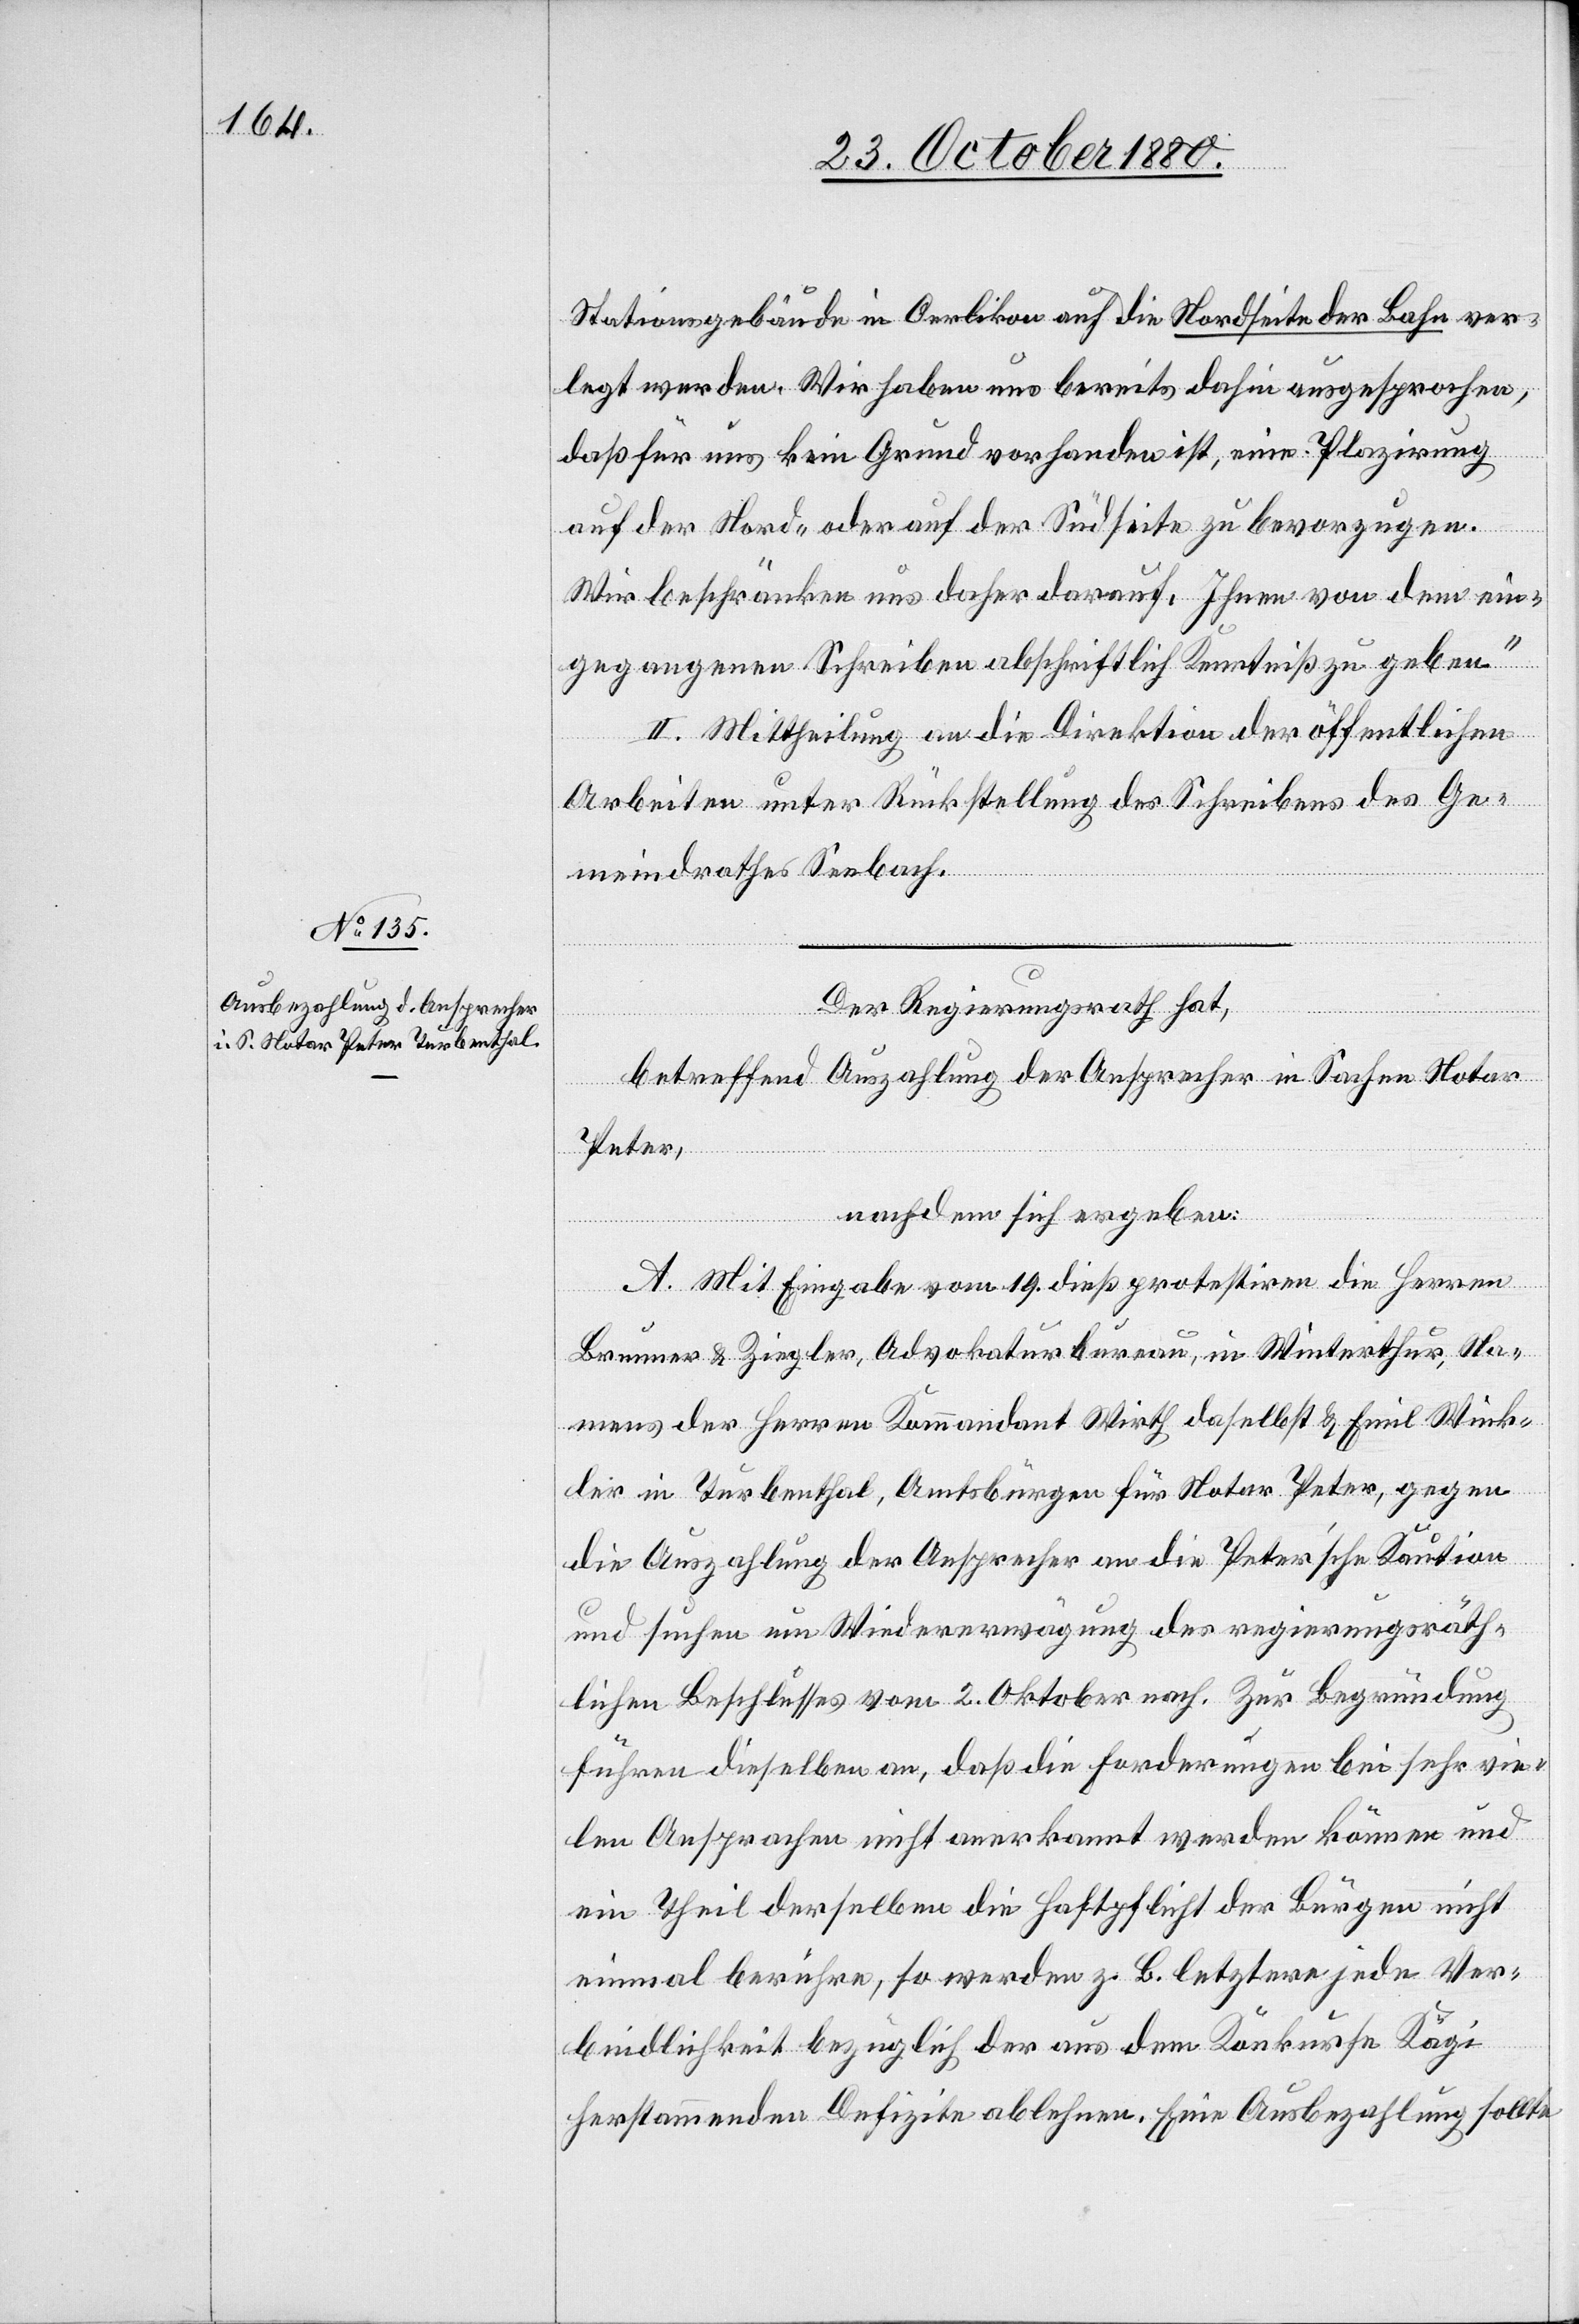
Stationsgebäude in Oerlikon auf die Nordseite der Bahn ver¬
legt werden Wir haben uns bereits dahin ausgesprochen,
daß für uns kein Grund vorhanden ist, eine Plazirung
auf der Nord- oder auf der Südseite zu bevorzugen.
Wir beschränken uns daher darauf, Ihnen von dem ein¬
gegangenen Schreiben abschriftlich Kenntniß zu geben.“
II. Mittheilung an die Direktion der öffentlichen
Arbeiten unter Rückstellung des Schreibens des Ge¬
meindrathes Seebach.
Der Regierungsrath hat,
betreffend Auszahlung der Ansprecher in Sachen Notar
Peter,
nachdem sich ergeben:
A. Mit Eingabe vom 19. dieß protestiren die Herren
Brunner & Ziegler, Advokaturbureau, in Winterthur, Na¬
mens der Herren Kommandant Wirth daselbst & Emil Wink¬
ler in Turbenthal, Amstbürgen für Notar Peter, gegen
die Auszahlung der Ansprecher an die Peter’sche Kaution
und suchen um Wiedererwägung des regierungsräth¬
lichen Beschlusses vom 2. Oktober nach. Zur Begründung
führen dieselben an, daß die Forderungen bei sehr vie¬
len Ansprachen nicht anerkannt werden können und
ein Theil derselben die Haftpflicht der Bürgen nicht
einmal berühre, so werden z. B. letztere jede Ver¬
bindlichkeit bezüglich der aus dem Konkurse Kägi
herstammenden Defizite ablehnen. Eine Ausbezahlung sollte